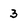
Character: 3